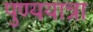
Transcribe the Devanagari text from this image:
पुण्ययात्रा